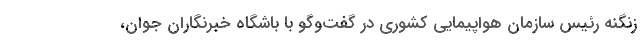
زنگنه رئیس سازمان هواپیمایی کشوری در گفت‌وگو با باشگاه خبرنگاران جوان،